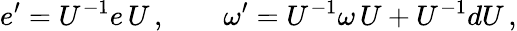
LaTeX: e^{\prime}=U^{-1}e\, U\, ,\qquad\omega^{\prime}=U^{-1}\omega\, U+U^{-1}dU\, ,